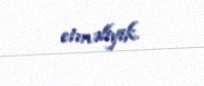
etməliyik.